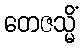
တေဇသ္မိံ